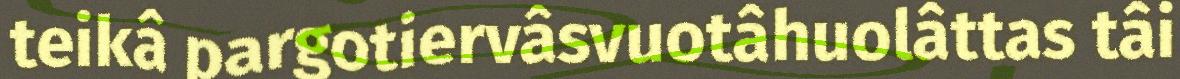
teikâ pargotiervâsvuotâhuolâttas tâi